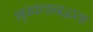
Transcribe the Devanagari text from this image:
शृंखलाबद्धता